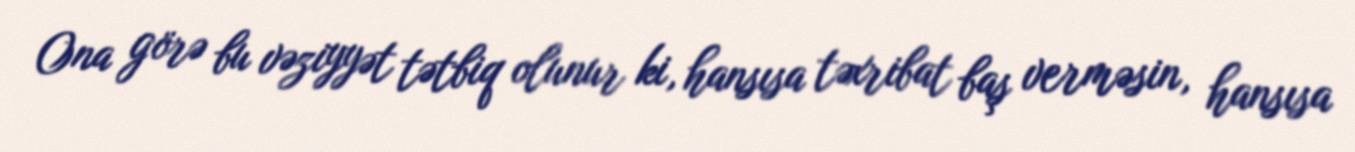
Ona görə bu vəziyyət tətbiq olunur ki, hansısa təxribat baş verməsin, hansısa